Report on vaccination in the Province of Bengal - 1874-1889
Year: 1874
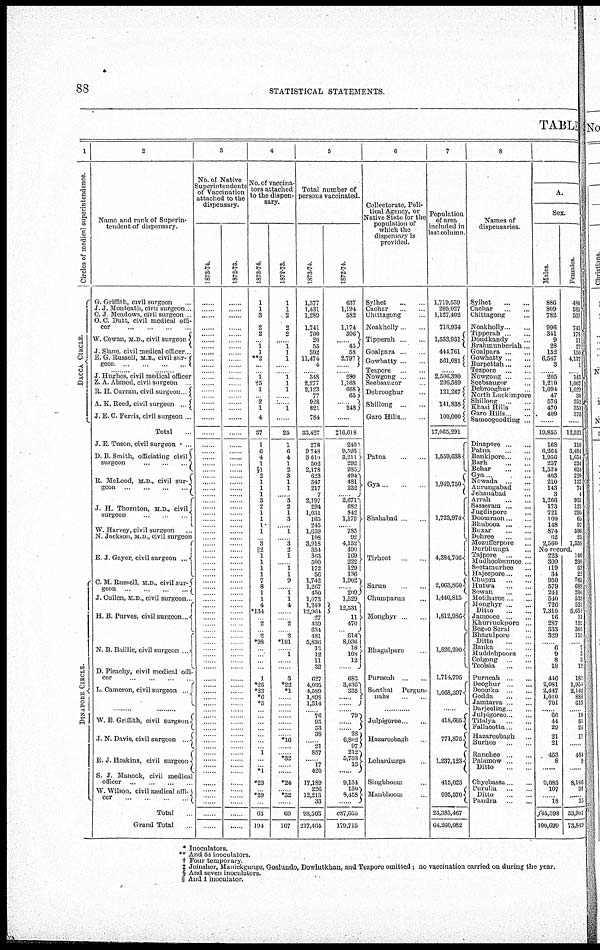
88
STATISTICAL STATEMENTS.
TABLE
1
Circles of medical superintendence.
DACCA CIRCLE.
DINAPORE CIRCLE.
2
Name and rank of Superin-
tendent of dispensary.
G. Griffith, civil surgeon ...
J. J. Monteath, civil surgeon...
C. J. Meadows, civil surgeon...
O. C. Dutt, civil medical offi-
cer ... ... ... ...
W. Cowan, M.D., civil surgeon
J. Slane, civil medical officer...
E. G. Russell, M.B., civil sur-
geon
...
...
...
...
...... ......
J. Hughes, civil medical officer
Z. A. Ahmed, civil surgeon
...
R. H. Curran, civil surgeon...
A. K. Reed, civil surgeon ...
J. E. C. Ferris, civil surgeon ...
Total ...
J. E. Tuson, civil surgeon
...
D.B.Smith, officiating civil
surgeon
...
...
...
R. McLeod, M.D., civil sur-
geon
...
...
...
...
J. H. Thoraton, M.D., civil
surgeon
...
...
...
W. Harvey, civil surgeon ...
N. Jackson, M.D., civil surgeon
E.J. Gayer, civil surgeon ...
C. M. Russell, M.D., civil sur-
geon
...
...
...
...
J. Cullen, M.D., civil surgeon...
H. B. Purves, civil surgeon...
N. B. Baillie, civil surgeon ...
D. Picachy, civil medical offi-
cer
...
...
...
...
L. Cameron, civil surgeon ...
...... ......
W.E.Griffith, civil surgeon
J. N. Davis, civil surgeon ...
E. J. Hoskins, civil surgeon
S. J. Manook, civil medical
officer
...
...
...
...
W. Wilson, civil medical offi-
cer
...
...
...
...
Total ...
Grand Total ...
3
No. of Native
Superintendents
of Vaccination
attached to the
dispensary.
1873-74.
......
......
......
......
......
......
......
......
......
......
......
......
......
......
......
...... ......
......
......
......
......
......
......
......
......
......
......
......
......
...... ......
......
......
......
......
......
......
......
......
......
......
......
......
......
......
......
......
......
......
......
......
......
......
......
...... ......
......
......
......
......
......
...... ......
......
......
......
......
......
......
...... ......
......
......
......
...... ......
......
......
1872-73.
......
......
......
......
......
......
......
......
......
......
......
......
......
......
......
...... ......
......
......
......
......
......
......
......
......
......
......
......
......
...... ......
......
......
......
......
......
......
......
......
......
......
......
......
......
......
......
......
......
......
......
......
......
......
......
...... ......
......
......
......
......
......
...... ......
......
......
......
......
......
......
...... ......
......
......
......
...... ......
......
......
4
No. of vaccina-
tors attached
to the dispen-
sary.
1873-74.
1
1
3
2
2
...
1
1
**2
...
...
1
†5
1
...
2
1
4
37
1
6
4
1
§1
2
1
1
1
3
2
1
1
1
1
...
3
||2
1
1
1
1
7
8
1
1
4
*134
...
2
...
2
*98
...
...
...
...
1
*25
*23
*6
*5
...
...
...
...
...
...
...
1
...
...
*1
*23
...
*29
...
63
194
1872-73.
1
1
2
2
2
......
1
1
1
......
......
1
1
1
......
......
1
......
25
1
6
4
1
2
3
1
1
......
3
2
1
3
......
1
......
3
2
1
......
1
1
9
......
1
1
4
......
......
2
......
2
*101
......
1
......
......
3
*22
*1
......
......
......
......
......
......
......
*16
......
......
*32
......
......
*24
......
*32
......
60
167
5
Total number of
persons vaccinated.
1873-74.
1,377
1,431
1,289
1,741
700
20
55
302
11,474
4
......
348
2,277
2,123
77
928
821
784
33,427
278
9,748
3,610
502
2,178
623
347
217
7
2,197
294
1,031
165
245
1,659
108
3,918
354
363
500
172
56
1,742
1,267
450
1,073
1,249
12,964
27
439
634
481
5,836
13
12
11
33
627
4,035
4,589
1,898
1,314
......
76
95
53
38
......
21
857
......
17
420
17,189
226
12,213
33
98,503
217,464
1872-74.
637
1,194
582
1,174
306
... ...
45
58
2,797
......
289
1,168
668
65
248
......
‡16,618
240
9,593
3,211
292
985
494
481
232
2,671
682
842
1,179
783
92
4,152
490
169
222
129
136
1,902
... ...
209
1,529
12,531
11
470
...
614
8,036
18
108
12
683
3,436
335
......
......
79
.... 28
6,802
97
212
5,733
13
...
9,134
130
8,458
......
c87,655
179,715
6
Collectorate, Poli-
tical Agency, or
Native State for the
population of
which the
dispensary is
provided.
Sylhet
...
...
Cachar
...
...
Chittagong ...
Noakholly
...
...
Tipperah
...
...
Goalpara
...
...
Gowhatty
...
...
Tezpore
...
...
Nowgong
...
...
Seebsangor ...
Debrooghur ...
Shillong
...
...
Garo Hills ... ...
Patna
...
...
Gya
...
...
...
Shahabad
...
...
Tirhoot
...
...
Sarun
...
...
Chumparun ... ...
Monghyr ... ...
Bhagulpore ...
Purneah
...
...
Sonthal
Pergun-
nahs
...
...
......
Julpigoree ... ...
Hazareebagh ...
Lohardugga ...
Singbhoom ...
Manbhoom ...
7
Population
of area
included in
last column.
1,719,539
205,027
1,127,402
713,934
1,533,931
444,761
561,681
......
2,506,390
296,589
121,267
141,838
100,000
17,065,291
1,559,638
1,949,750
1,723,974
4,384,706
2,063,860
1,440,815
1,812,986
1,826,290
1,714,795
1,068,397
......
418,665
771,875
1,237,123
415,023
995,570
23,383,467
64,260,082
8
Names of
dispensaries.
Sylhet
...
...
Cachar
...
...
Chittagong ...
Noakholly
...
...
Tipperah
...
...
Doudkandy ...
Brahmunberiah ...
Goalpara
...
...
Gowhatty
...
...
Burpettah
...
...
Tezpore
...
...
Nowgong
...
...
Seebsaugor ...
Debrooghur ...
North Luckimpore
Shillong
...
...
Kuasi Hills ...
Garo Hills ... ...
Samoogoodting ...
Dinapore
...
...
Patna
...
...
Bankipore ... ...
Barh
...
...
Behar
...
...
Gya
...
....
Nowada
...
...
Aurungabad ...
Jehanabad ...
Arrah ... ...
Sasseram
...
...
Jugdispore ... ...
Doomraon
...
...
Bhubooa
...
...
Buxar
...
...
Dehree
...
...
Mozufferpore ...
Durbhunga ...
Tajpore
...
...
Mudhoobunnee ...
Seetamurhee ...
Hajeepore
...
...
Chupra
...
...
Hutwa
...
...
Sowan
...
...
Motiharee ... ...
Monghyr
...
...
Ditto
...
...
Jamooee
...
...
Khurruckpore ... ...
Begoo Serai ...
Bhogulpore ...
Ditto
Banka
...
...
Muddohpoora
... ...
Colgong
...
...
Toolsia
...
...
Purneah
...
Deoghur
...
...
Doomka
...
...
Godda
...
...
Jamtarra
...
...
Darjeeling ... ...
Julpigoree ... ...
Titalya
...
...
Fallacotta
...
...
Hazareebagh ...
Burchee ...
Ranchee ... ...
Palamow ... ...
Ditto
...
...
Chyobassa
...
...
Purulia
...
...
Ditto
Pandra
...
...
A.
Sex.
Males.
886
809
782
996
341
9
28
152
6,547
3
......
205
1,210
1,094
47
576
470
409
...
19,855
168
6,264
1,956
257
1,524
403
210
143
3
1,266
173
721
100
148
874
62
2,560
Females.
480
585
507
745
178
11
27
150
4,137
1
......
143
1,067
1,029
30
352
351
375
...
12,521
110
3,484
1,654
234
654
220
137
74
4
931
121
295
65
97
596
25
1,358
No record.
223
300
119
34
950
579
244
540
726
7,310
16
287
333
329
......
6
9
8
18
446
2,081
2,447
1,010
701
......
66
44
29
21
21
453
......
......
......
9,083
107
......
18
f45,398
100,699
140
200
53
22
763
688
206
533
523
5,654
11
153
301
152
......
7
3
3
12
181
1,954
2,142
888
613
......
10
51
24
17
......
401
......
......
......
8,106
91
......
15
33,987
73,849
*
** †
‡ §
||
Inoculators.
And 54 inoculators.
Four temporary.
Joinshor, Munickgungo, Goalundo, Dowlutkhan, and Tezpore omitted; no vaccination carried on during the year.
And seven inoculators.
And 1 inoculator.